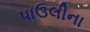
પાઉલીના